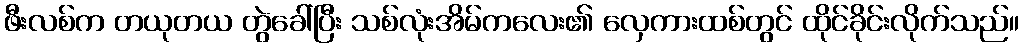
ဖီးလစ်က တယုတယ တွဲခေါ်ပြီး သစ်လုံးအိမ်ကလေး၏ လှေကားထစ်တွင် ထိုင်ခိုင်းလိုက်သည်။